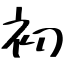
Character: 初